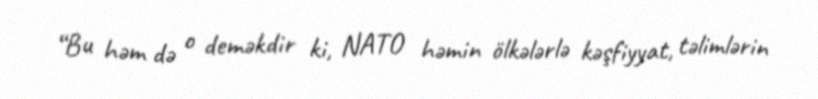
“Bu həm də o deməkdir ki, NATO həmin ölkələrlə kəşfiyyat, təlimlərin